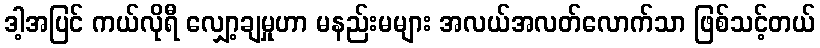
ဒါ့အပြင် ကယ်လိုရီ လျှော့ချမှုဟာ မနည်းမများ အလယ်အလတ်လောက်သာ ဖြစ်သင့်တယ်